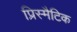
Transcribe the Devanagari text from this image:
प्रिस्मैटिक